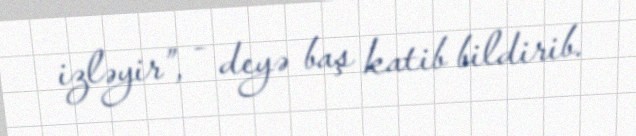
izləyir”, - deyə baş katib bildirib.